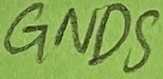
Text: GNDS